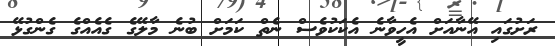
ރަށުގައި އޭނާއަށް އެހީވާނެ އެކަކުވެސް ނެތް ކަމަށް ބުނެ މާލޭގެ ގެއެއްގެ ގެންގުޅޭ